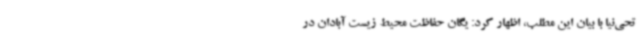
تحی‌نیا با بیان این مطلب، اظهار کرد: یگان حفاظت محیط زیست آبادان در